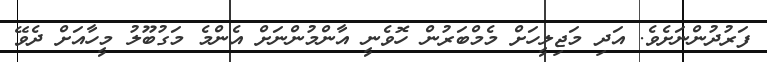
ފަރުދުންނަށެވެ. އަދި މަޖިލީހަށް މެމްބަރުން ހޮވެނީ އާންމުންނަށް އެންމެ މަގުބޫލު މީހާއަށް ދެވޭ